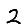
Digit: 2